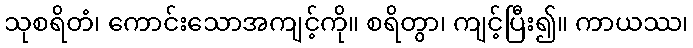
သုစရိတံ၊ ကောင်းသောအကျင့်ကို။ စရိတွာ၊ ကျင့်ပြီး၍။ ကာယဿ၊